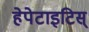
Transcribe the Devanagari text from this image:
हेपेटाइटिस्